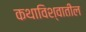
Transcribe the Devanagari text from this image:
कथाविश्वातील